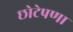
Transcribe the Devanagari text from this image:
छोटेपणा